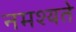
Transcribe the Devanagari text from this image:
नमश्यते